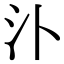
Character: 𣱶